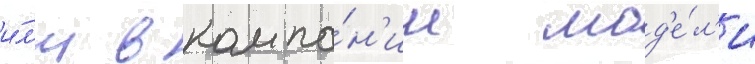
и́л'и в компа́н'ии мод'е́л'и